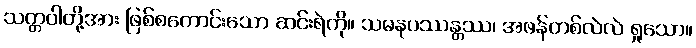
သတ္တဝါတို့အား ဖြစ်စကောင်းသော ဆင်းရဲကို။ သမနုပဿန္တဿ၊ အဖန်တစ်လဲလဲ ရှုသော။